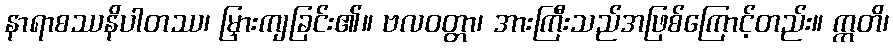
နာရာစဿနိပါတဿ၊ မြှားကျခြင်း၏။ ဗလဝတ္တာ၊ အားကြီးသည်အဖြစ်ကြောင့်တည်း။ ဣတိ၊